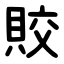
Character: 賋